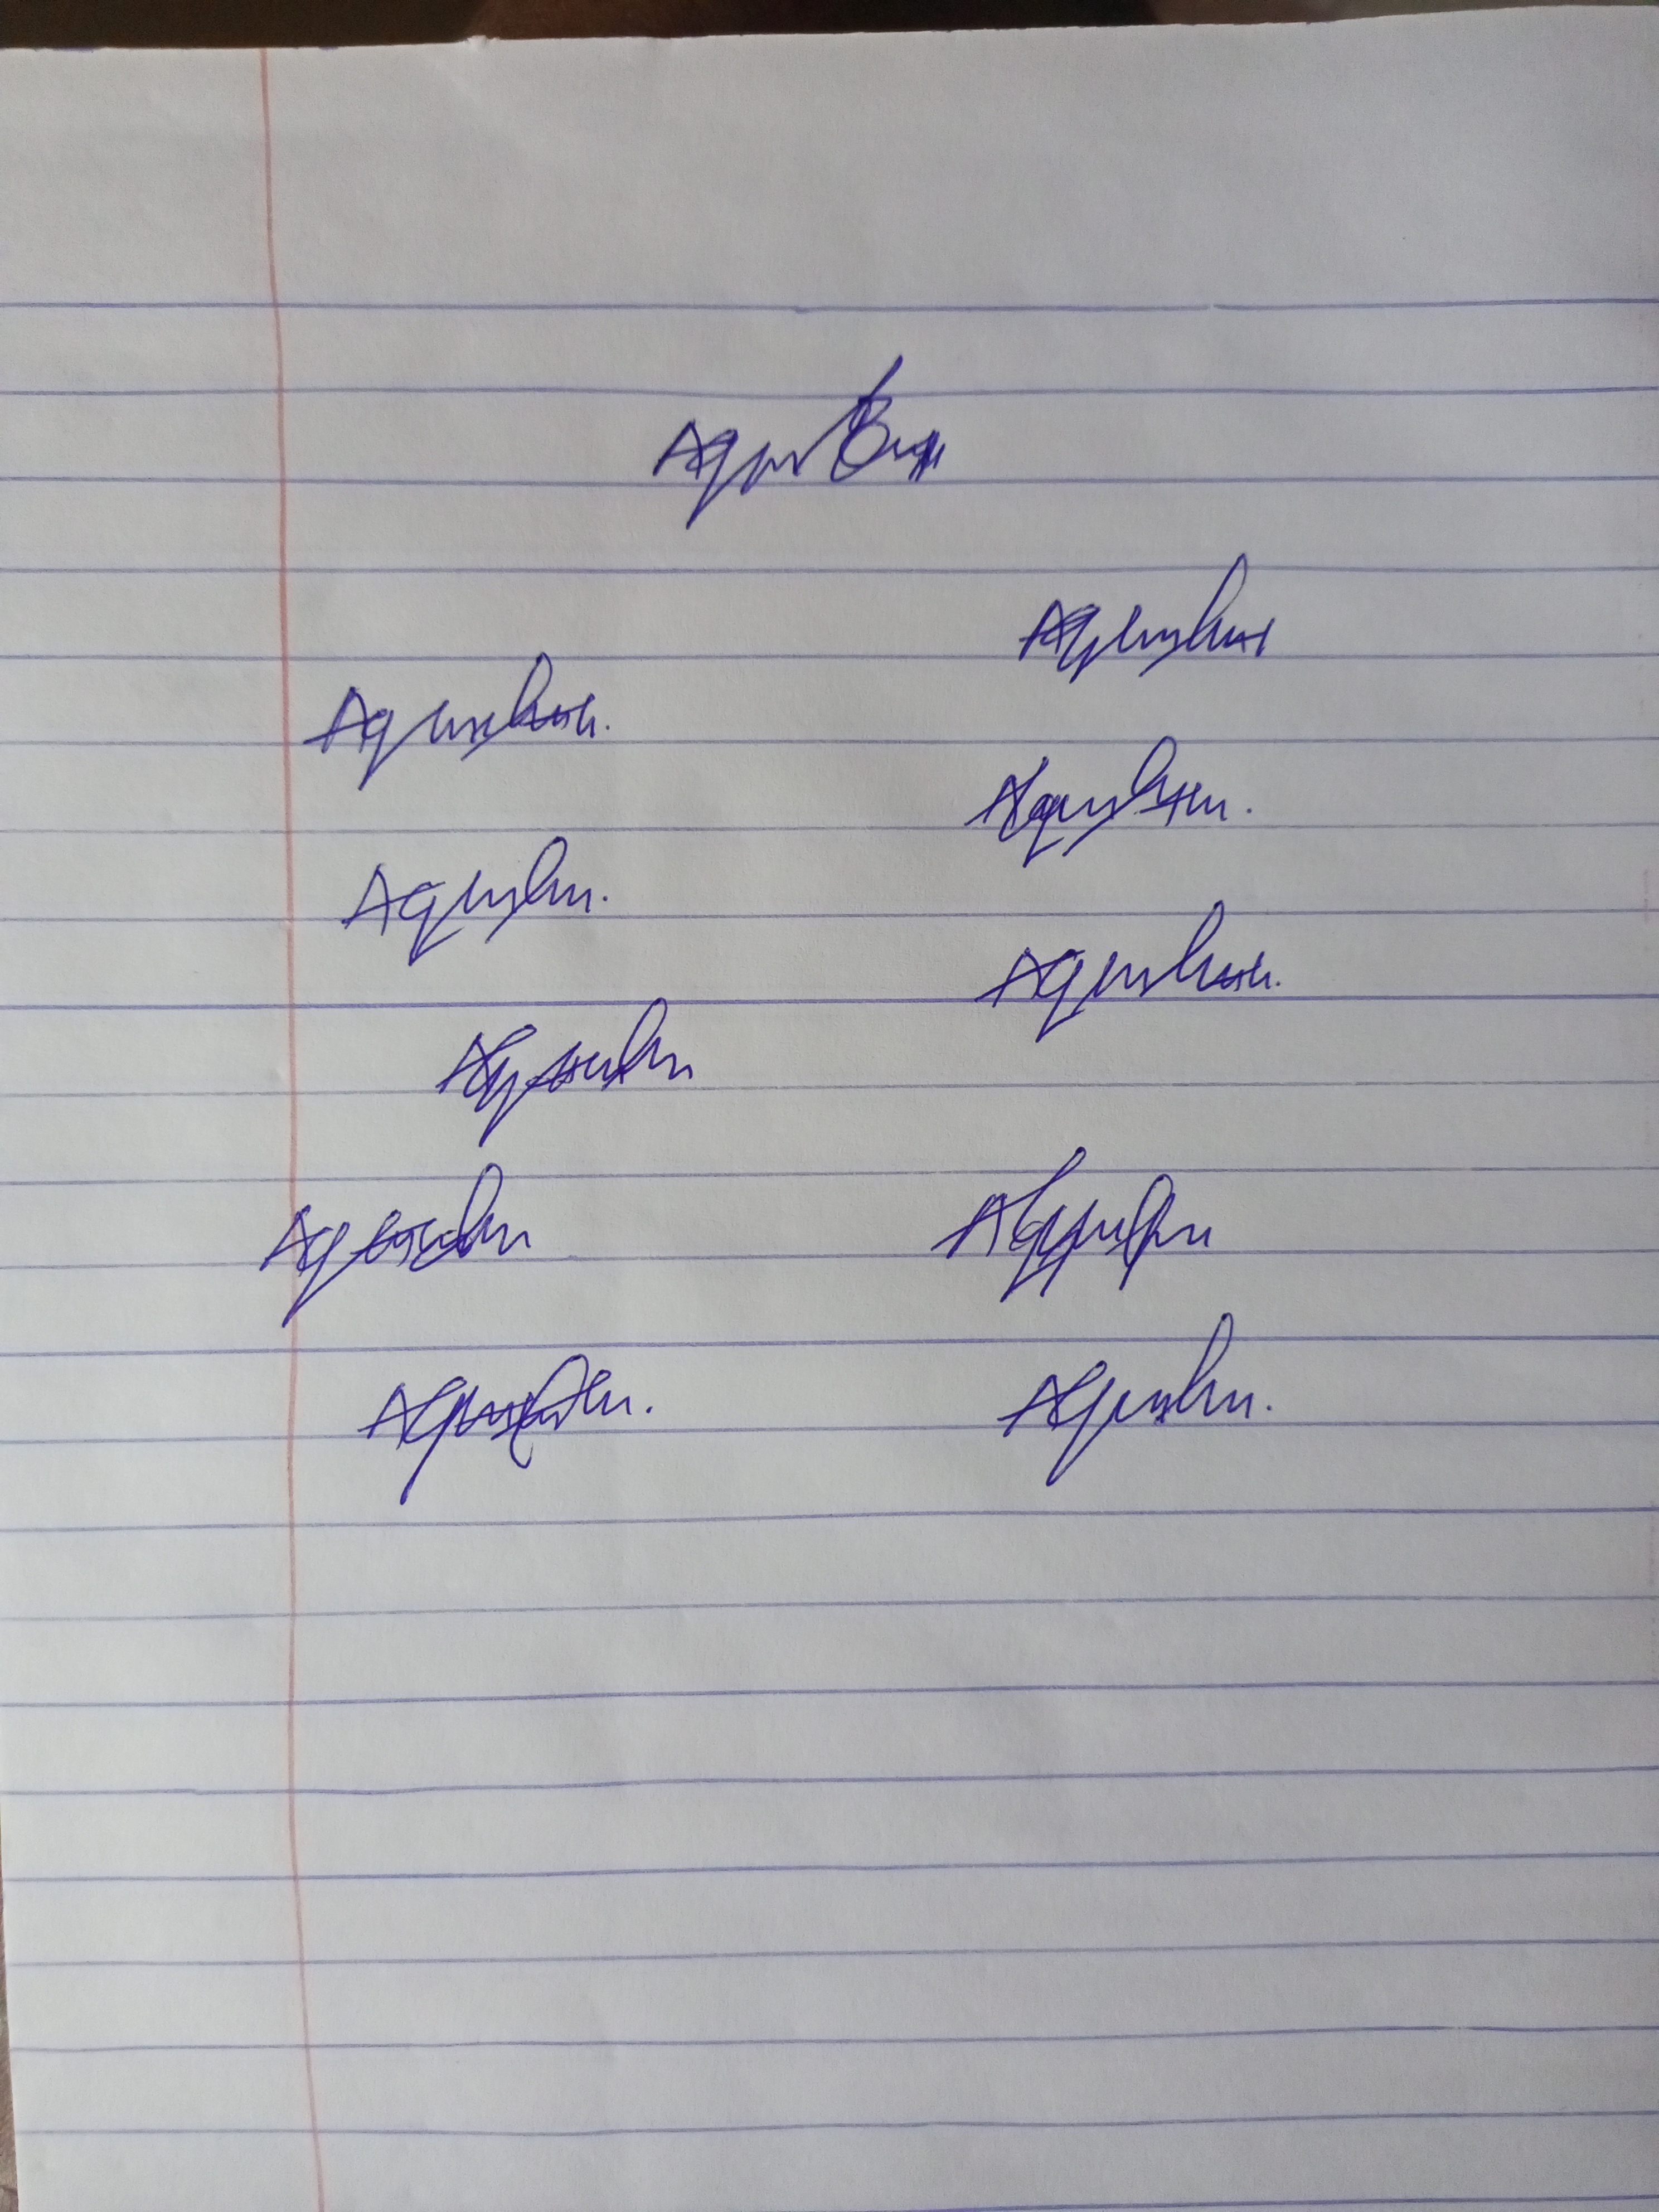
Signature authenticity: forged